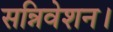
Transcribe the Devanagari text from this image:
सन्निवेशन।